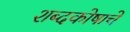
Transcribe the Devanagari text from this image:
शब्दकोषाचे